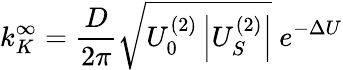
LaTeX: k_{K}^{\infty}=\frac{D}{2\pi}\sqrt{U_{0}^{(2)}\left|U_{S}^{(2)}\right|}\ e^{-\Delta U}